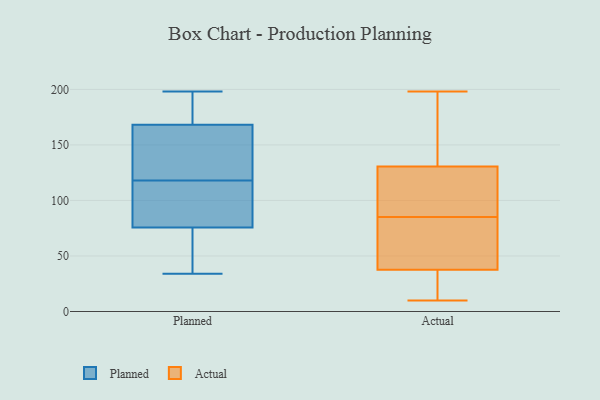
{"axis": {"x": "Tickets Resolved", "y": "Value"}, "legend": ["Actual", "Planned"], "data": [{"x": "", "y": 73, "type": "Planned"}, {"x": "", "y": 198, "type": "Planned"}, {"x": "", "y": 52, "type": "Planned"}, {"x": "", "y": 96, "type": "Planned"}, {"x": "", "y": 179, "type": "Planned"}, {"x": "", "y": 132, "type": "Planned"}, {"x": "", "y": 84, "type": "Planned"}, {"x": "", "y": 173, "type": "Planned"}, {"x": "", "y": 39, "type": "Planned"}, {"x": "", "y": 152, "type": "Planned"}, {"x": "", "y": 159, "type": "Planned"}, {"x": "", "y": 183, "type": "Planned"}, {"x": "", "y": 34, "type": "Planned"}, {"x": "", "y": 118, "type": "Planned"}, {"x": "", "y": 58, "type": "Planned"}, {"x": "", "y": 160, "type": "Planned"}, {"x": "", "y": 171, "type": "Planned"}, {"x": "", "y": 118, "type": "Planned"}, {"x": "", "y": 90, "type": "Planned"}, {"x": "", "y": 48, "type": "Actual"}, {"x": "", "y": 54, "type": "Actual"}, {"x": "", "y": 27, "type": "Actual"}, {"x": "", "y": 84, "type": "Actual"}, {"x": "", "y": 146, "type": "Actual"}, {"x": "", "y": 10, "type": "Actual"}, {"x": "", "y": 151, "type": "Actual"}, {"x": "", "y": 98, "type": "Actual"}, {"x": "", "y": 76, "type": "Actual"}, {"x": "", "y": 82, "type": "Actual"}, {"x": "", "y": 196, "type": "Actual"}, {"x": "", "y": 18, "type": "Actual"}, {"x": "", "y": 115, "type": "Actual"}, {"x": "", "y": 86, "type": "Actual"}, {"x": "", "y": 18, "type": "Actual"}, {"x": "", "y": 198, "type": "Actual"}, {"x": "", "y": 90, "type": "Actual"}, {"x": "", "y": 149, "type": "Actual"}, {"x": "", "y": 96, "type": "Actual"}, {"x": "", "y": 22, "type": "Actual"}]}